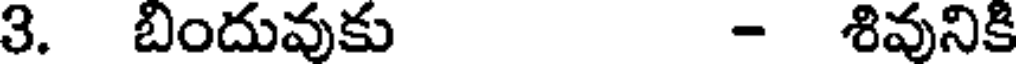
3. బిందువుకు - శివునికి